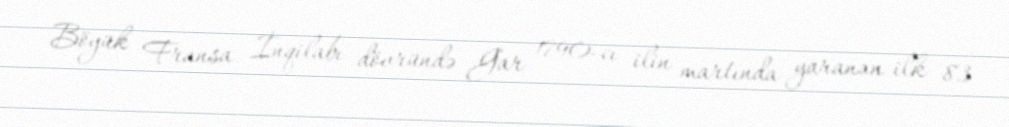
Böyük Fransa İnqilabı dövründə Gar 1790-cı ilin martında yaranan ilk 83